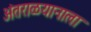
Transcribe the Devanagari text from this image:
अंतराळयानाला